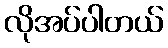
လိုအပ်ပါတယ်